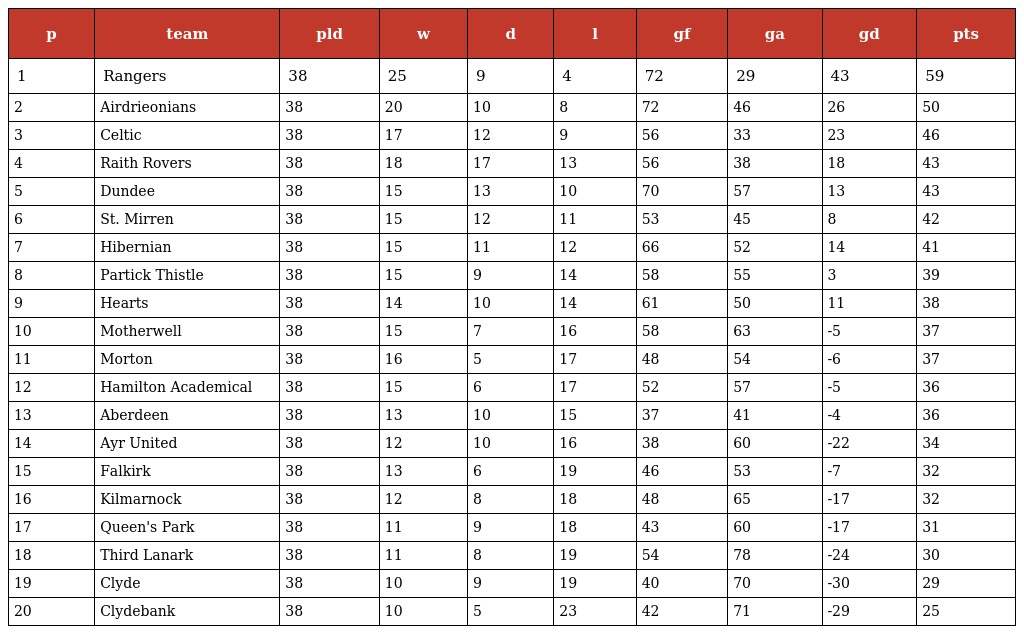
| p | team | pld | w | d | l | gf | ga | gd | pts |
 | --- | --- | --- | --- | --- | --- | --- | --- | --- | --- |
 | 1 | Rangers | 38 | 25 | 9 | 4 | 72 | 29 | 43 | 59 |
 | 2 | Airdrieonians | 38 | 20 | 10 | 8 | 72 | 46 | 26 | 50 |
 | 3 | Celtic | 38 | 17 | 12 | 9 | 56 | 33 | 23 | 46 |
 | 4 | Raith Rovers | 38 | 18 | 17 | 13 | 56 | 38 | 18 | 43 |
 | 5 | Dundee | 38 | 15 | 13 | 10 | 70 | 57 | 13 | 43 |
 | 6 | St. Mirren | 38 | 15 | 12 | 11 | 53 | 45 | 8 | 42 |
 | 7 | Hibernian | 38 | 15 | 11 | 12 | 66 | 52 | 14 | 41 |
 | 8 | Partick Thistle | 38 | 15 | 9 | 14 | 58 | 55 | 3 | 39 |
 | 9 | Hearts | 38 | 14 | 10 | 14 | 61 | 50 | 11 | 38 |
 | 10 | Motherwell | 38 | 15 | 7 | 16 | 58 | 63 | -5 | 37 |
 | 11 | Morton | 38 | 16 | 5 | 17 | 48 | 54 | -6 | 37 |
 | 12 | Hamilton Academical | 38 | 15 | 6 | 17 | 52 | 57 | -5 | 36 |
 | 13 | Aberdeen | 38 | 13 | 10 | 15 | 37 | 41 | -4 | 36 |
 | 14 | Ayr United | 38 | 12 | 10 | 16 | 38 | 60 | -22 | 34 |
 | 15 | Falkirk | 38 | 13 | 6 | 19 | 46 | 53 | -7 | 32 |
 | 16 | Kilmarnock | 38 | 12 | 8 | 18 | 48 | 65 | -17 | 32 |
 | 17 | Queen's Park | 38 | 11 | 9 | 18 | 43 | 60 | -17 | 31 |
 | 18 | Third Lanark | 38 | 11 | 8 | 19 | 54 | 78 | -24 | 30 |
 | 19 | Clyde | 38 | 10 | 9 | 19 | 40 | 70 | -30 | 29 |
 | 20 | Clydebank | 38 | 10 | 5 | 23 | 42 | 71 | -29 | 25 |